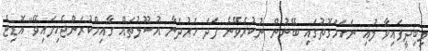
ލިބިދީފައިވާ ލުއި ނަހަމަގޮތުގައި ބޭނުން ނުކުރެވޭނެ ފަދަ ހަރުދަނާ އުސޫލުތައް ގާއިމްކުރަންޖެހިފައިވޭ" އޮޑިޓް